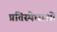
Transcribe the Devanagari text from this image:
प्रतिस्पेधाओं